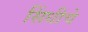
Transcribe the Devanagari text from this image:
सिंधीचे